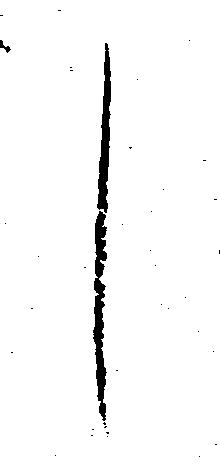
し